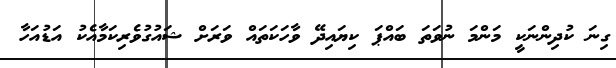
ގިނަ ކުދިންނަކީ މަންމަ ނުވަތަ ބައްޕަ ކިޔައިދޭ ވާހަކަތައް ވަރަށް ޝައުގުވެރިކަމާއެކު އަޑުއަހާ